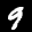
Label: 9